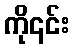
ကို၎င်း